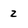
Character: 2